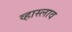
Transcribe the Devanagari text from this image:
व्हास्लाव